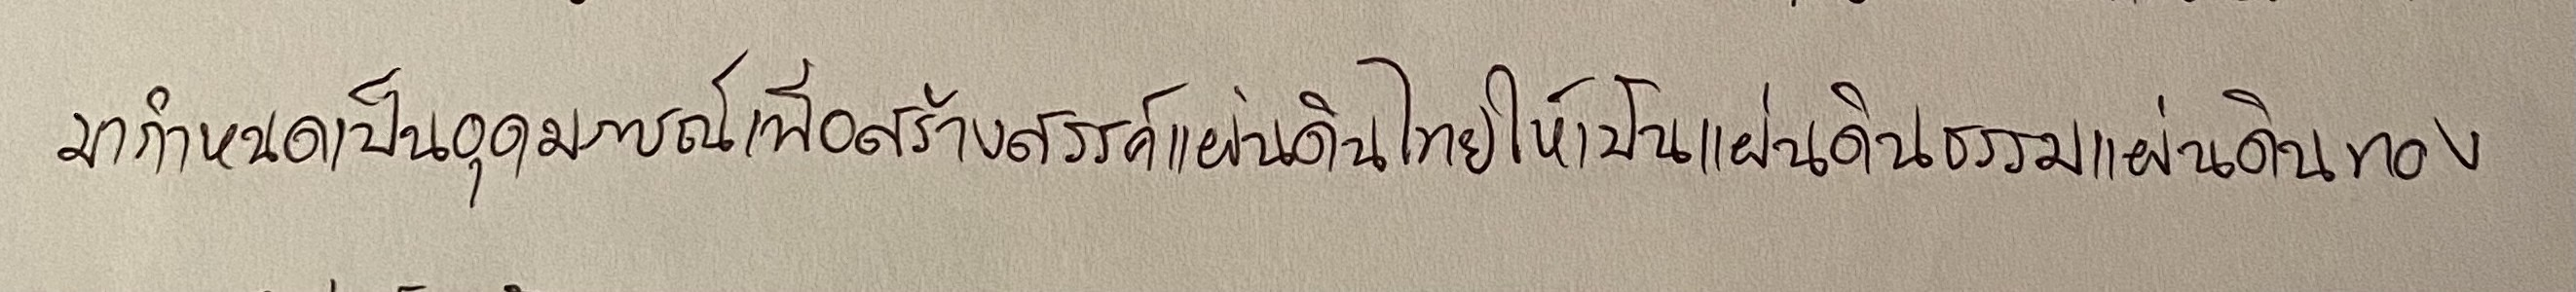
มากำหนดเป็นอุดมการณ์เพื่อสร้างสรรค์แผ่นดินไทยให้เป็นแผ่นดินธรรมแผ่นดินทอง